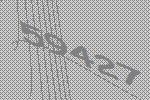
59427